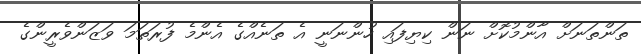
ތަންތަނަށް އާންމުކޮށް ނަން ކިޔިފައި ހުންނަނީ އެ ތަނެއްގެ އެންމެ ފުރަތަމަ ވަޒަންވެރީންގެ